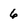
Character: 6